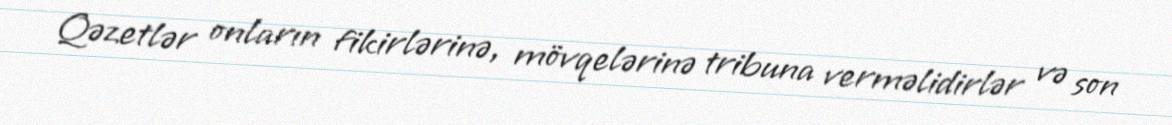
Qəzetlər onların fikirlərinə, mövqelərinə tribuna verməlidirlər və son